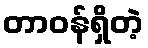
တာဝန်ရှိတဲ့